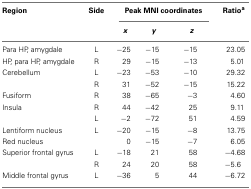
<table><thead><tr><td><b>Region</b></td><td><b>Side</b></td><td colspan="3"><b>Peak MNI coordinates</b></td><td><b>Ratio<sup>a</sup></b></td></tr><tr><td></td><td></td><td><b><i>x</i></b></td><td><b><i>y</i></b></td><td><b><i>z</i></b></td><td></td></tr></thead><tbody><tr><td>Para HP, amygdale</td><td>L</td><td>−25</td><td>−15</td><td>−15</td><td>23.05</td></tr><tr><td>HP, para HP, amygdale</td><td>R</td><td>29</td><td>−15</td><td>−13</td><td>5.01</td></tr><tr><td>Cerebellum</td><td>L</td><td>−23</td><td>−53</td><td>−10</td><td>29.32</td></tr><tr><td></td><td>R</td><td>31</td><td>−52</td><td>−15</td><td>15.22</td></tr><tr><td>Fusiform</td><td>R</td><td>38</td><td>−65</td><td>−3</td><td>4.60</td></tr><tr><td>Insula</td><td>R</td><td>44</td><td>−42</td><td>25</td><td>9.11</td></tr><tr><td></td><td>L</td><td>−2</td><td>−72</td><td>51</td><td>4.59</td></tr><tr><td>Lentiform nucleus</td><td>L</td><td>−20</td><td>−15</td><td>−8</td><td>13.75</td></tr><tr><td>Red nucleus</td><td></td><td>0</td><td>−15</td><td>−7</td><td>6.05</td></tr><tr><td>Superior frontal gyrus</td><td>L</td><td>−18</td><td>21</td><td>58</td><td>−4.68</td></tr><tr><td></td><td>R</td><td>24</td><td>20</td><td>58</td><td>−5.6</td></tr><tr><td>Middle frontal gyrus</td><td>L</td><td>−36</td><td>5</td><td>44</td><td>−6.72</td></tr></tbody></table>